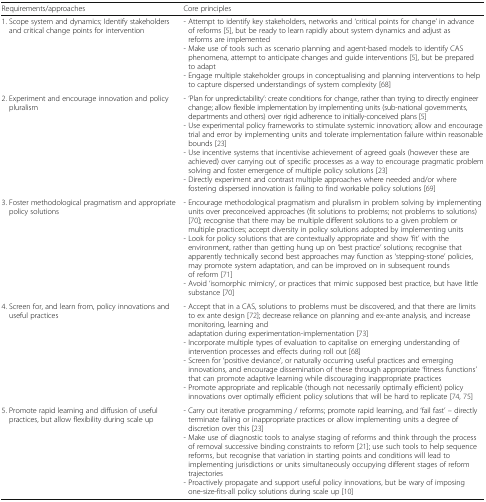
| Requirements/approaches | Core principles |
 | --- | --- |
 | 1. Scope system and dynamics; Identify stakeholders and critical change points for intervention | - Attempt to identify key stakeholders, networks and ‘critical points for change’ in advance of reforms [5], but be ready to learn rapidly about system dynamics and adjust as reforms are implemented- Make use of tools such as scenario planning and agent-based models to identify CAS phenomena, attempt to anticipate changes and guide interventions [5], but be prepared to adapt- Engage multiple stakeholder groups in conceptualising and planning interventions to help to capture dispersed understandings of system complexity [68] |
 | 2. Experiment and encourage innovation and policy pluralism | - ‘Plan for unpredictability’: create conditions for change, rather than trying to directly engineer change; allow flexible implementation by implementing units (sub-national governments, departments and others) over rigid adherence to initially-conceived plans [5]- Use experimental policy frameworks to stimulate systemic innovation; allow and encourage trial and error by implementing units and tolerate implementation failure within reasonable bounds [23]- Use incentive systems that incentivise achievement of agreed goals (however these are achieved) over carrying out of specific processes as a way to encourage pragmatic problem solving and foster emergence of multiple policy solutions [23]- Directly experiment and contrast multiple approaches where needed and/or where fostering dispersed innovation is failing to find workable policy solutions [69] |
 | 3. Foster methodological pragmatism and appropriate policy solutions | - Encourage methodological pragmatism and pluralism in problem solving by implementing units over preconceived approaches (fit solutions to problems; not problems to solutions) [70]; recognise that there may be multiple different solutions to a given problem or multiple practices; accept diversity in policy solutions adopted by implementing units- Look for policy solutions that are contextually appropriate and show ‘fit’ with the environment, rather than getting hung up on ‘best practice’ solutions; recognise that apparently technically second best approaches may function as ‘stepping-stone’ policies, may promote system adaptation, and can be improved on in subsequent rounds of reform [71]- Avoid ‘isomorphic mimicry’, or practices that mimic supposed best practice, but have little substance [70] |
 | 4. Screen for, and learn from, policy innovations and useful practices | - Accept that in a CAS, solutions to problems must be discovered, and that there are limits to ex ante design [72]; decrease reliance on planning and ex-ante analysis, and increase monitoring, learning and adaptation during experimentation-implementation [73]- Incorporate multiple types of evaluation to capitalise on emerging understanding of intervention processes and effects during roll out [68]- Screen for ‘positive deviance’, or naturally occurring useful practices and emerging innovations, and encourage dissemination of these through appropriate ‘fitness functions’ that can promote adaptive learning while discouraging inappropriate practices- Promote appropriate and replicable (though not necessarily optimally efficient) policy innovations over optimally efficient policy solutions that will be hard to replicate [74, 75] |
 | 5. Promote rapid learning and diffusion of useful practices, but allow flexibility during scale up | - Carry out iterative programming / reforms; promote rapid learning, and ‘fail fast’ – directly terminate failing or inappropriate practices or allow implementing units a degree of discretion over this [23]- Make use of diagnostic tools to analyse staging of reforms and think through the process of removal successive binding constraints to reform [21]; use such tools to help sequence reforms, but recognise that variation in starting points and conditions will lead to implementing jurisdictions or units simultaneously occupying different stages of reform trajectories- Proactively propagate and support useful policy innovations, but be wary of imposing one-size-fits-all policy solutions during scale up [10] |